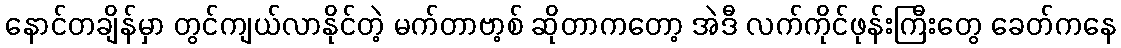
နောင်တချိန်မှာ တွင်ကျယ်လာနိုင်တဲ့ မက်တာဗာ့စ် ဆိုတာကတော့ အဲဒီ လက်ကိုင်ဖုန်းကြီးတွေ ခေတ်ကနေ